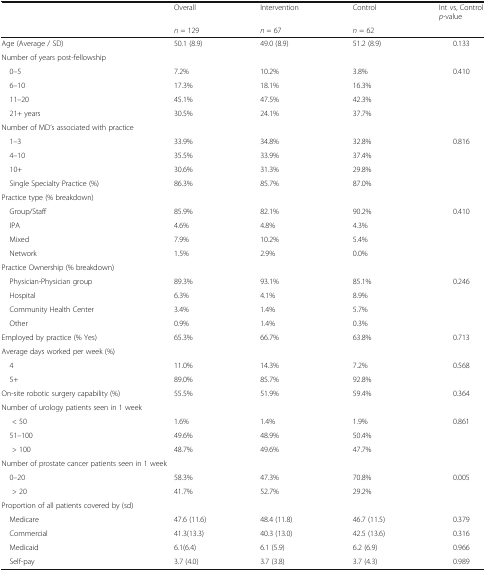
<table><thead><tr><td></td><td><b>Overall</b></td><td><b>Intervention</b></td><td><b>Control</b></td><td><b>Int vs, Control<i>p</i>-value</b></td></tr><tr><td></td><td><b><i>n</i> = 129</b></td><td><b><i>n</i> = 67</b></td><td><b><i>n</i> = 62</b></td><td></td></tr></thead><tbody><tr><td>Age (Average / SD)</td><td>50.1 (8.9)</td><td>49.0 (8.9)</td><td>51.2 (8.9)</td><td>0.133</td></tr><tr><td colspan="5">Number of years post-fellowship</td></tr><tr><td> 0–5</td><td>7.2%</td><td>10.2%</td><td>3.8%</td><td rowspan="4">0.410</td></tr><tr><td> 6–10</td><td>17.3%</td><td>18.1%</td><td>16.3%</td></tr><tr><td> 11–20</td><td>45.1%</td><td>47.5%</td><td>42.3%</td></tr><tr><td> 21+ years</td><td>30.5%</td><td>24.1%</td><td>37.7%</td></tr><tr><td colspan="5">Number of MD’s associated with practice</td></tr><tr><td> 1–3</td><td>33.9%</td><td>34.8%</td><td>32.8%</td><td rowspan="4">0.816</td></tr><tr><td> 4–10</td><td>35.5%</td><td>33.9%</td><td>37.4%</td></tr><tr><td> 10+</td><td>30.6%</td><td>31.3%</td><td>29.8%</td></tr><tr><td> Single Specialty Practice (%)</td><td>86.3%</td><td>85.7%</td><td>87.0%</td></tr><tr><td colspan="5">Practice type (% breakdown)</td></tr><tr><td> Group/Staff</td><td>85.9%</td><td>82.1%</td><td>90.2%</td><td rowspan="4">0.410</td></tr><tr><td> IPA</td><td>4.6%</td><td>4.8%</td><td>4.3%</td></tr><tr><td> Mixed</td><td>7.9%</td><td>10.2%</td><td>5.4%</td></tr><tr><td> Network</td><td>1.5%</td><td>2.9%</td><td>0.0%</td></tr><tr><td colspan="5">Practice Ownership (% breakdown)</td></tr><tr><td> Physician-Physician group</td><td>89.3%</td><td>93.1%</td><td>85.1%</td><td rowspan="4">0.246</td></tr><tr><td> Hospital</td><td>6.3%</td><td>4.1%</td><td>8.9%</td></tr><tr><td> Community Health Center</td><td>3.4%</td><td>1.4%</td><td>5.7%</td></tr><tr><td> Other</td><td>0.9%</td><td>1.4%</td><td>0.3%</td></tr><tr><td>Employed by practice (% Yes)</td><td>65.3%</td><td>66.7%</td><td>63.8%</td><td>0.713</td></tr><tr><td colspan="5">Average days worked per week (%)</td></tr><tr><td> 4</td><td>11.0%</td><td>14.3%</td><td>7.2%</td><td rowspan="2">0.568</td></tr><tr><td> 5+</td><td>89.0%</td><td>85.7%</td><td>92.8%</td></tr><tr><td>On-site robotic surgery capability (%)</td><td>55.5%</td><td>51.9%</td><td>59.4%</td><td>0.364</td></tr><tr><td colspan="5">Number of urology patients seen in 1 week</td></tr><tr><td>&lt; 50</td><td>1.6%</td><td>1.4%</td><td>1.9%</td><td rowspan="3">0.861</td></tr><tr><td> 51–100</td><td>49.6%</td><td>48.9%</td><td>50.4%</td></tr><tr><td>&gt; 100</td><td>48.7%</td><td>49.6%</td><td>47.7%</td></tr><tr><td colspan="5">Number of prostate cancer patients seen in 1 week</td></tr><tr><td> 0–20</td><td>58.3%</td><td>47.3%</td><td>70.8%</td><td rowspan="2">0.005</td></tr><tr><td>&gt; 20</td><td>41.7%</td><td>52.7%</td><td>29.2%</td></tr><tr><td colspan="5">Proportion of all patients covered by (sd)</td></tr><tr><td> Medicare</td><td>47.6 (11.6)</td><td>48.4 (11.8)</td><td>46.7 (11.5)</td><td>0.379</td></tr><tr><td> Commercial</td><td>41.3(13.3)</td><td>40.3 (13.0)</td><td>42.5 (13.6)</td><td>0.316</td></tr><tr><td> Medicaid</td><td>6.1(6.4)</td><td>6.1 (5.9)</td><td>6.2 (6.9)</td><td>0.966</td></tr><tr><td> Self-pay</td><td>3.7 (4.0)</td><td>3.7 (3.8)</td><td>3.7 (4.3)</td><td>0.989</td></tr></tbody></table>